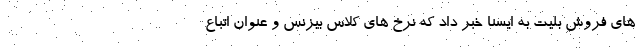
های فروش بلیت به ایسنا خبر داد که نرخ های کلاس بیزنس و عنوان اتباع